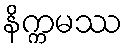
နိက္ကမဿ